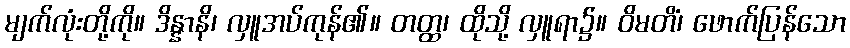
မျက်လုံးတို့ကို။ ဒိန္နာနိ၊ လှူအပ်ကုန်၏။ တတ္ထ၊ ထိုသို့ လှူရာ၌။ ဝိမတိံ၊ ဖောက်ပြန်သော